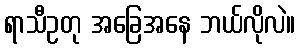
ရာသီဥတု အခြေအနေ ဘယ်လိုလဲ။